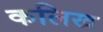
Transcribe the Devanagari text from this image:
कलिख